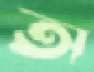
অ